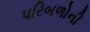
પરિબળોની